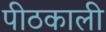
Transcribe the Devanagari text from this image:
पीठकाली